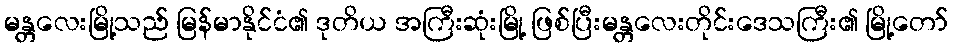
မန္တလေးမြို့သည် မြန်မာနိုင်ငံ၏ ဒုတိယ အကြီးဆုံးမြို့ ဖြစ်ပြီးမန္တလေးတိုင်းဒေသကြီး၏ မြို့တော်